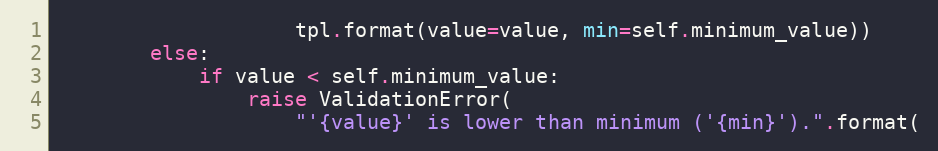
Language: Python
                    tpl.format(value=value, min=self.minimum_value))
        else:
            if value < self.minimum_value:
                raise ValidationError(
                    "'{value}' is lower than minimum ('{min}').".format(